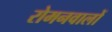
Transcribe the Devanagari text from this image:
रोमनवालों